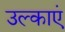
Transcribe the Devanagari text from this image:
उल्काएं